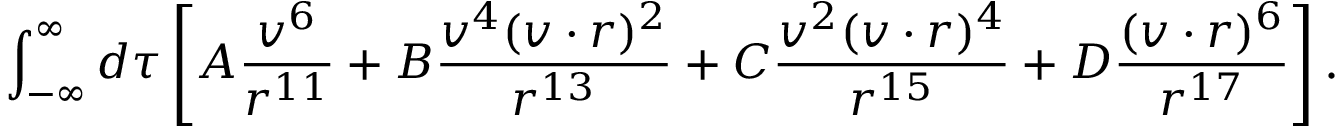
\int _ { - \infty } ^ { \infty } d \tau \left[ A \frac { v ^ { 6 } } { r ^ { 1 1 } } + B \frac { v ^ { 4 } ( v \cdot r ) ^ { 2 } } { r ^ { 1 3 } } + C \frac { v ^ { 2 } ( v \cdot r ) ^ { 4 } } { r ^ { 1 5 } } + D \frac { ( v \cdot r ) ^ { 6 } } { r ^ { 1 7 } } \right] .